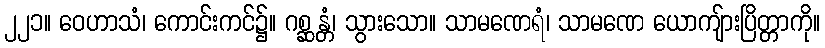
၂၂၁။ ဝေဟာသံ၊ ကောင်းကင်၌။ ဂစ္ဆန္တံ၊ သွားသော။ သာမဏေရံ၊ သာမဏေ ယောကျ်ားပြိတ္တာကို။